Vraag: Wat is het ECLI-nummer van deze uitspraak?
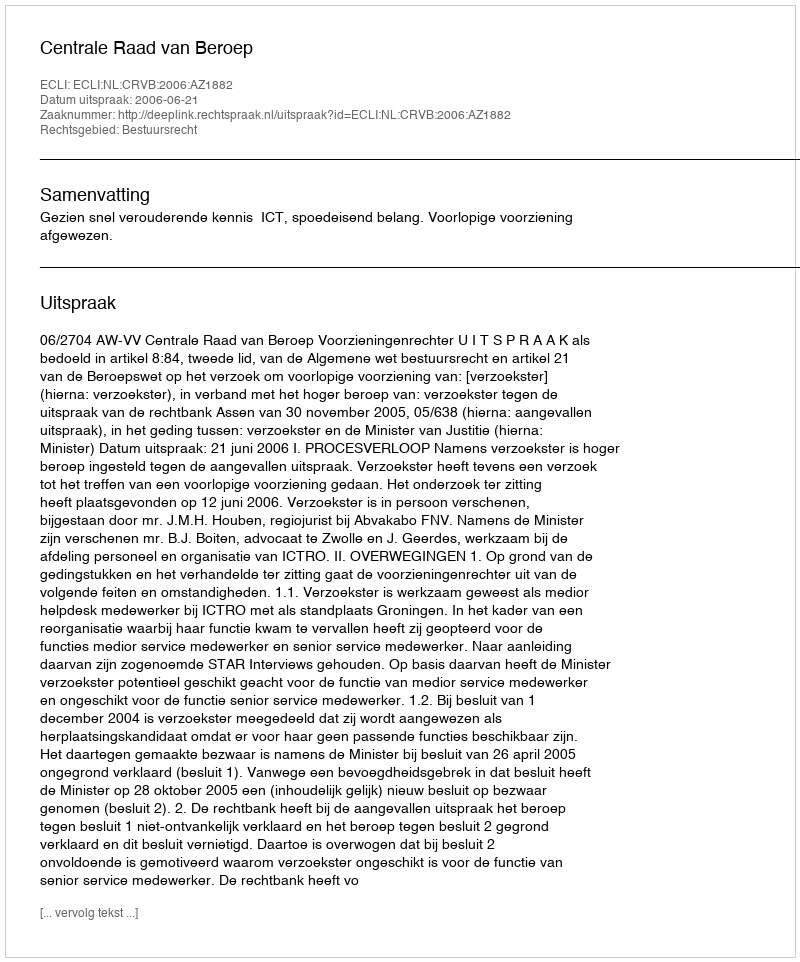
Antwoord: ECLI:NL:CRVB:2006:AZ1882